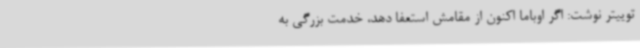
توییتر نوشت: اگر اوباما اکنون از مقامش استعفا دهد، خدمت بزرگی به